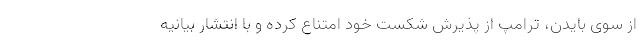
از سوی بایدن، ترامپ از پذیرش شکست خود امتناع کرده و با انتشار بیانیه